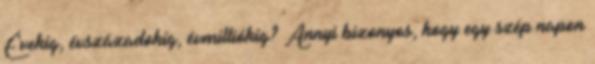
Évekig, évszázadokig, évmilliókig? Annyi bizonyos, hogy egy szép napon